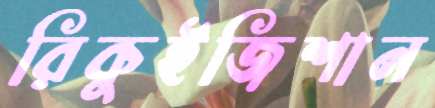
রিকুইজিশান